Riigikohus_(kohtuotsuste_protokollid), lk 7
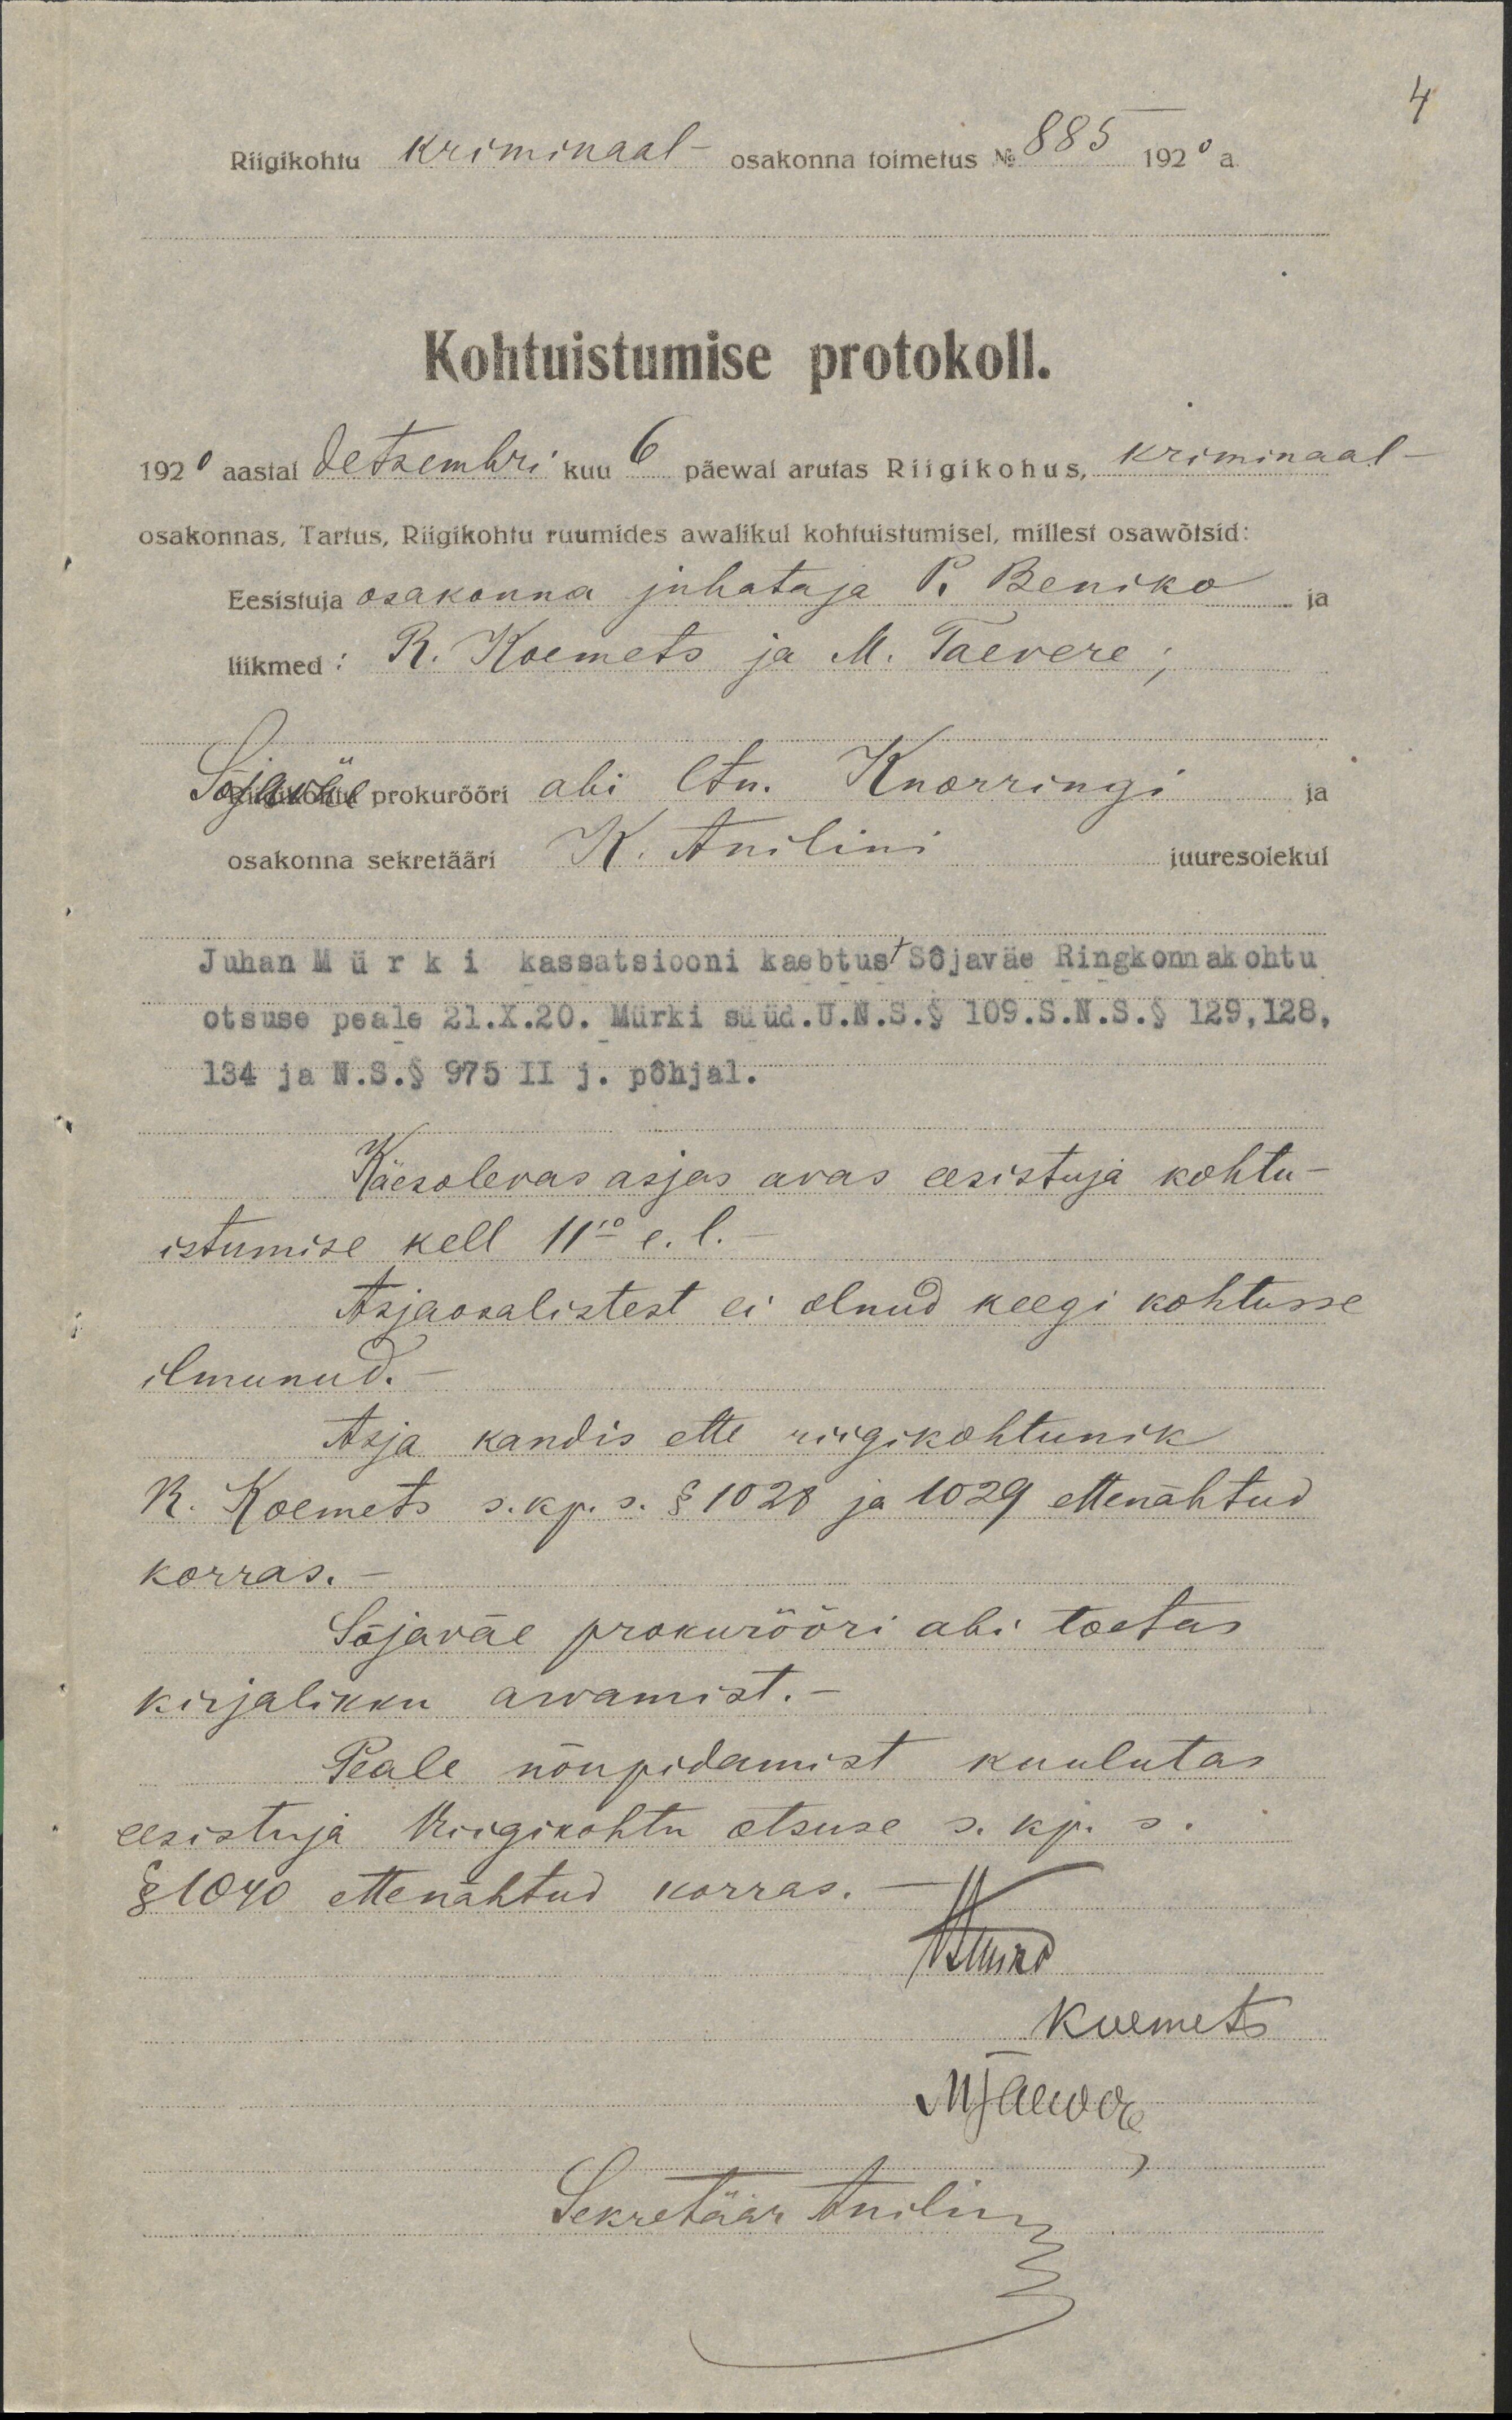
Riigikohtu kriminaal osakonna toimetus No: 885
Kohtuistumise protokoll.
1920 aasta Detsembri kuu 6 päewal arutas Riigikohus kriminaal-
osakonnas, Tartus, Riigikohtu ruumides awalikul kohtuistumisel, millest osawõtsid:
Eesistuja osakonna juhataja P. Bensko ja
liikmed: R. Koemets ja M. Taevere,
Sõjaväe prokurööri abi ltn. Knorringi ja
osakonna sekretäri K. Anilini juuresolekul
Juhan Mürki kassatsiooni kaebtus Sõjaväe Ringkonnakohtu
otsuse peale 21.X.20. Mürki süüd. U.N.S. § 109.S.N.S. § 129, 128
134 ja N.S. § 975 II põhjal.
Käesolevas asjas avas eesistuja kohtu-
istumise kell 11 1110 e. l.
Asjaosalistest ei olnud keegi kohtusse
ilmunud.
Asja kandis ette riigikohtunik
R. Koemets s. k.p. s. § 1028 ja 1029 ettenähtud
korras.
Sõjawäe prokurööri abi toetas
kirjalikku arvamist.
Peale nõupidamist kuulutas
eesistuja Riigikohtu otsuse s. kp. s.
§ 1040 ettenähtud korras.